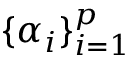
\{ \alpha _ { i } \} _ { i = 1 } ^ { p }